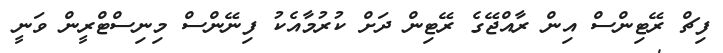
ފިޗް ރޭޓިންސް އިން ރާއްޖޭގެ ރޭޓިން ދަށް ކުރުމާއެކު ފިނޭންސް މިނިސްޓްރީން ވަނީ